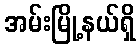
အမ်းမြို့နယ်ရှိ